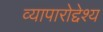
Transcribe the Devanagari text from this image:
व्यापारोद्देश्य